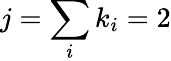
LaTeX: j=\sum_{i}k_{i}=2